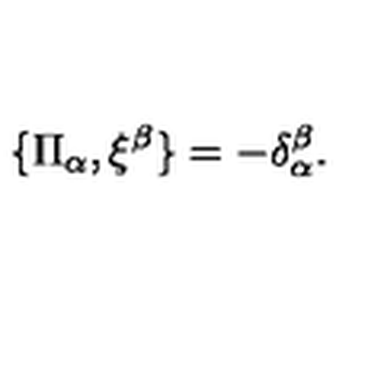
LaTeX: \{ \Pi _ { \alpha } , \xi ^ { \beta } \} = - \delta _ { \alpha } ^ { \beta } .